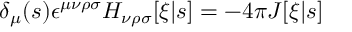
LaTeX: \delta _ { \mu } ( s ) \epsilon ^ { \mu \nu \rho \sigma } H _ { \nu \rho \sigma } [ \xi | s ] = - 4 \pi J [ \xi | s ]